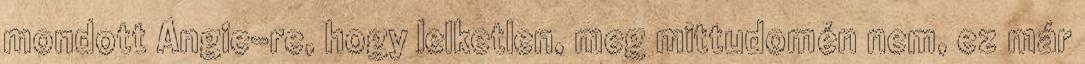
mondott Angie-re, hogy lelketlen, meg mittudomén nem, ez már